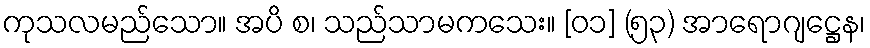
ကုသလမည်သော။ အပိ စ၊ သည်သာမကသေး။ [၀၁] (၅၃) အာရောဂျဋ္ဌေန၊